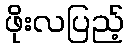
ဖိုးလပြည့်